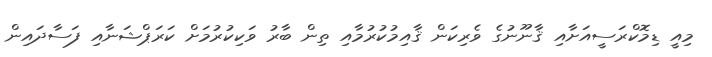
މިއީ ޑިމޮކްރަސީއަށާއި ޤާނޫނުގެ ވެރިކަން ޤާއިމުކުރުމާއި ތިން ބާރު ވަކިކުރުމަށް ކަރަޕްޝަނާއި ފަސާދައިން